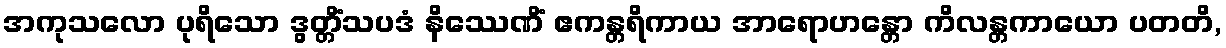
အကုသလော ပုရိသော ဒွတ္တိံသပဒံ နိဿေဏိံ ဧကန္တရိကာယ အာရောဟန္တော ကိလန္တကာယော ပတတိ,